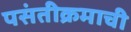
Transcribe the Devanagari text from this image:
पसंतीक्रमाची